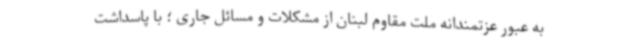
به عبور عزتمندانه ملت مقاوم لبنان از مشکلات و مسائل جاری ؛ با پاسداشت